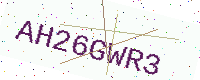
Text: AH26GWR3